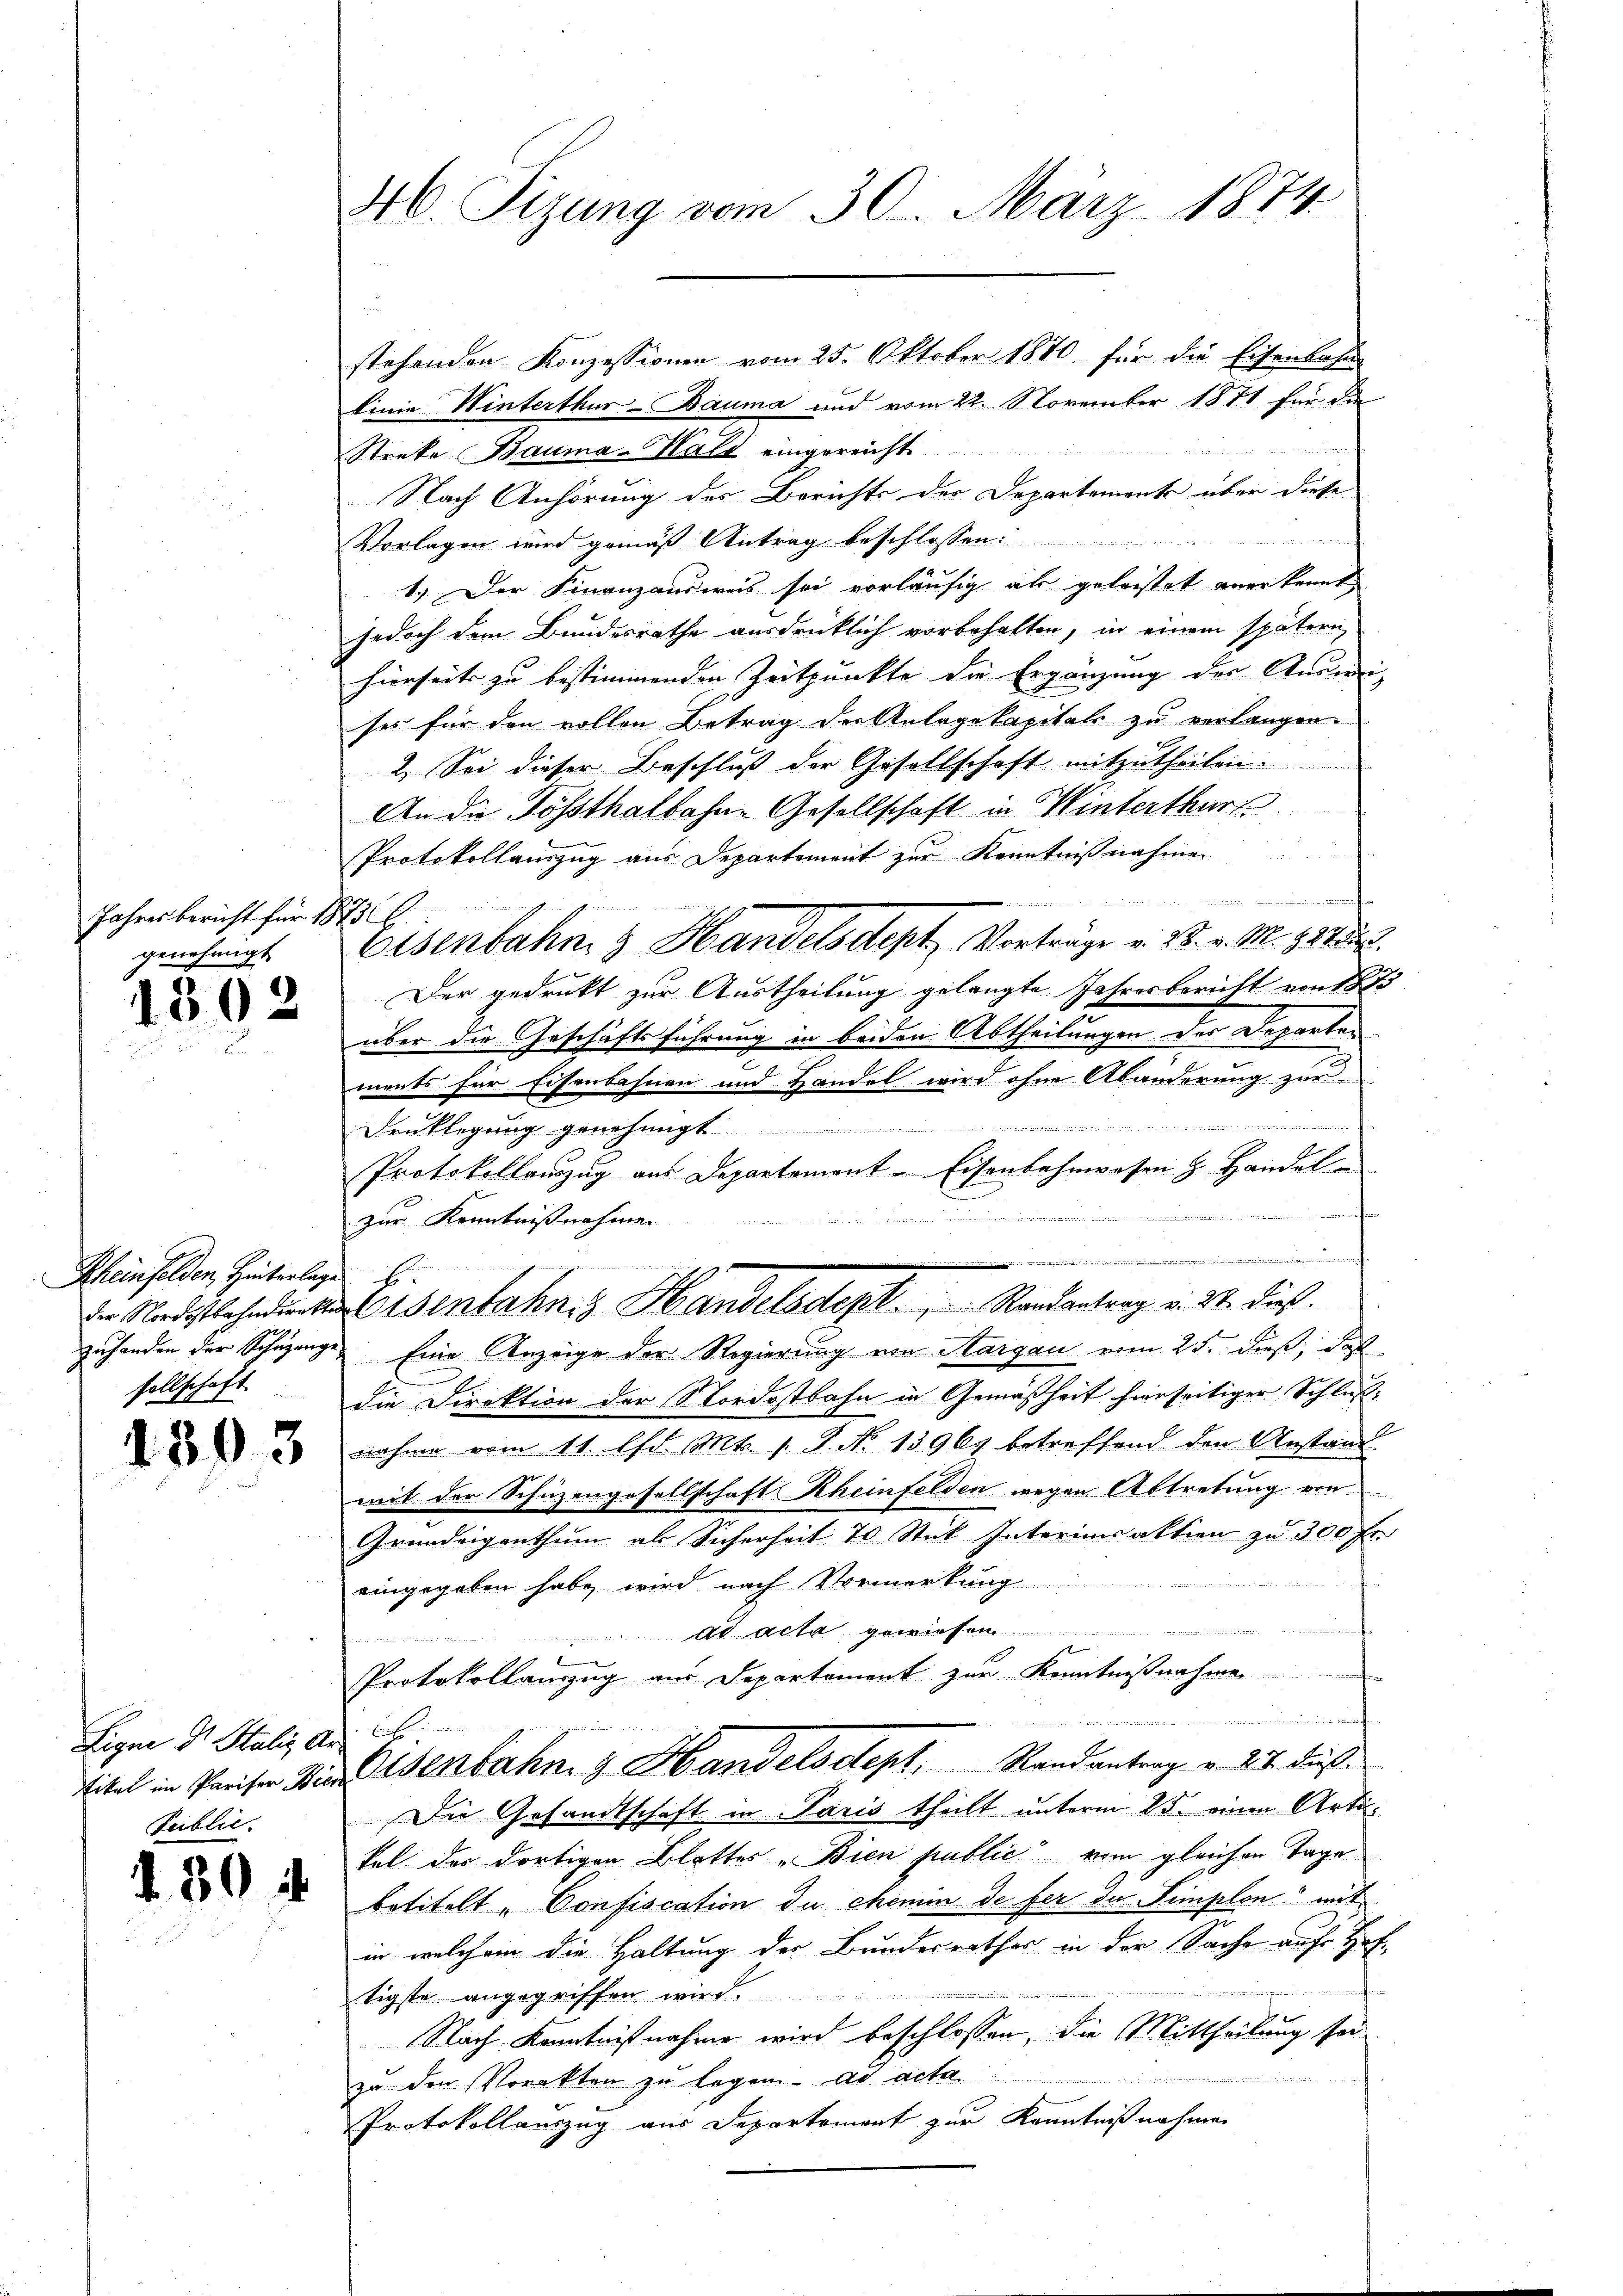
Jahresbericht für 1873
genehmigt.

Rheinfelden, Hinterlage b

Ligne Dr. Stalis Ar
Public.

.

30 f

40. Sizung vom 30. März 1874

linie Winterthur–Bauma und vom 22. November 1871 für die
Streke Bauma-Halt eingereicht
Nach Anhörung des Berichts der Departements über diese
Vorlagen wird gemäß Antrag beschlossen:
1.) Der Finanzansweis sei vorläufig als geleistet anerkennt
jedoch dem Bundesrathe ausdrücklich vorbehalten, in einem spätern
hierseits zu bestimmenden Zeitpunkte die Ergänzung der Anweises für den vollen Betrag der Anlagekapitals zu verlangen.
2. Sei dieser Beschluß der Gesellschaft mitzutheilen.
An die Tößthalbahn-Gesellschaft in Winterthur
Protokollauszug aus Departement zur Kenntnißnahmen

eisenbahn & Handelsdtept Vorträge v. 28. v. M. h. T.
. Der gedruckt zur Austheilung gelangte Jahresbericht von 1835
über die Geschäftsführung in beiden Abtheilungen des Departen
ments für Eisenbahnen und Handel wird ohne Abänderung zur

Druklegung genehmigt
Protokollauszug aus Departement - Eisenbahnwesen & Handel
zur Kenntnißnahmen
.
n
die Nordostbahndungen Eisenbahn Handelsdept.           Randantrag v. 27 dieß.
zuhanden der Schazunge Eine Anzeige der Regierung von Sargau vom 25. dieß, daß
sellschaft. Die Direktion der Nordostbahn in Gemäßheit hierseitiger Schluß-
2 nahme vom 11. lfd. Mt. s. S. No. 15967 betreffend den Anstand
mit der Schüzengesellschaft Rheinfelden wegen Abtretung von
Grundeigenthum als Sicherheit 70 Stück Interimsaktion zu 300 fr.
eingegeben habe, wird nach Vormerkung
t
dd acta gewiesen
Protokollanzug aus Departement zur Kenntnißnahme
t
e.
titel in Preiser Wie Eisenbahn & Handelsdept. Randantrag v. 24. dieß.
Die Gesandtschaft in Paris theilt unterm 25. einen Artikal der dortigen Blattes „Bien public vom gleichen Tage
betitelt „Confiscation du chemin de fer der Simplon" mit
in welchem die Haltung der Bundesrathes in der Sache auf Hofh

tigste angegriffen wird.
Nach Kenntnißnahme wird beschlossen, die Mittheilung sei
zu den Vorakten zu legen. ad acta
Protokollauszug aus Departement zur Kenntnißnahmen

stehenden Konzessionen vom 25. Oktober 1870 für die Eisenbahn